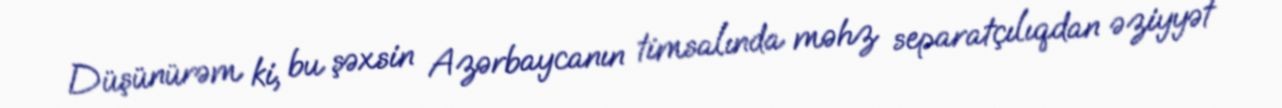
Düşünürəm ki, bu şəxsin Azərbaycanın timsalında məhz separatçılıqdan əziyyət